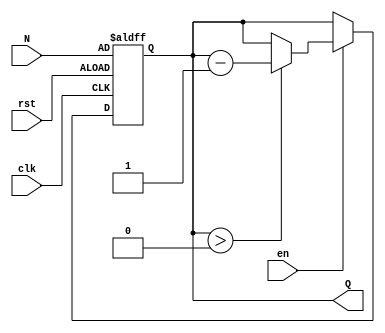
module down_counter (
    input wire clk,        // Clock signal
    input wire en,        // Enable signal
    input wire rst,       // Asynchronous reset signal
    input wire [7:0] N,   // Initial count value (8-bit for example)
    output reg [7:0] Q    // Current count value (8-bit)
);

    // Asynchronous reset and counting behavior
    always @(posedge clk or posedge rst) begin
        if (rst) begin
            Q <= N; // Reset to initial value N
        end else if (en) begin
            if (Q > 0) begin
                Q <= Q - 1; // Decrement count if enable is high and Q is not zero
            end
            // If Q is already zero, it remains zero even if en is high
        end
    end

endmodule